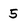
Character: 5